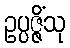
ဥပ္ပဇ္ဇိံသု